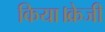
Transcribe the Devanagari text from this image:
किया।क्रेजी